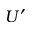
U ^ { \prime }